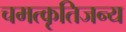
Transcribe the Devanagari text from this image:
चमत्कृतिजन्य